Scottish Leaving Certificate Examination, 1957
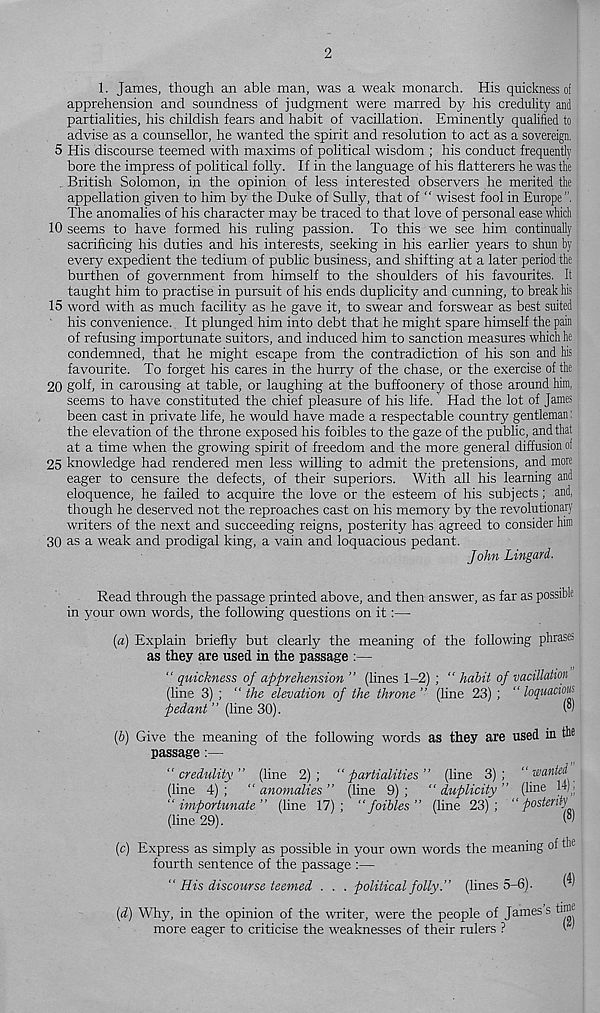
2
1. James, though an able man, was a weak monarch. His quickness of
apprehension and soundness of judgment were marred by his credulity and
partialities, his childish fears and habit of vacillation. Eminently qualified to
advise as a counsellor, he wanted the spirit and resolution to act as a sovereign.
5 His discourse teemed with maxims of political wisdom ; his conduct frequently
bore the impress of political folly. If in the language of his flatterers he was the
. British Solomon, in the opinion of less interested observers he merited the
appellation given to him by the Duke of Sully, that of “ wisest fool in Europe
The anomahes of his character may be traced to that love of personal ease which
10 seems to have formed his ruling passion. To this we see him continually
sacrificing his duties and his interests, seeking in his earlier years to shun by
every expedient the tedium of public business, and shifting at a later period the
burthen of government from himself to the shoulders of his favourites. It
taught him to practise in pursuit of his ends duplicity and cunning, to break his
15 word with as much facility as he gave it, to swear and forswear as best suited
his convenience. It plunged him into debt that he might spare himself the pain
of refusing importunate suitors, and induced him to sanction measures which he
condemned, that he might escape from the contradiction of his son and his
favourite. To forget his cares in the hurry of the chase, or the exercise of the
20 golf, in carousing at table, or laughing at the buffoonery of those around him,
seems to have constituted the chief pleasure of his life. Had the lot of James
been cast in private life, he would have made a respectable country gentleman:
the elevation of the throne exposed his foibles to the gaze of the public, and that
at a time when the growing spirit of freedom and the more general diffusion oi
25 knowledge had rendered men less willing to admit the pretensions, and more
eager to censure the defects, of their superiors. With all his learning and
eloquence, he failed to acquire the love or the esteem of his subjects; and,
though he deserved not the reproaches cast on his memory by the revolutionary
writers of the next and succeeding reigns, posterity has agreed to consider him
30 as a weak and prodigal king, a vain and loquacious pedant.
John Lingard.
Read through the passage printed above, and then answer, as far as possible
in your own words, the following questions on it:—
(a) Explain briefly but clearly the meaning of the following phrases
as they are used in the passage :—
“ quickness of apprehension ” (lines 1-2) ; " habit of vacillation
(line 3) ; “ the elevation of the throne ” (line 23) ; “ loquacious
pedant ’ ’ (line 30).
w
(b) Give the meaning of the following words as they are used in tb®
passage:—
“credulity” (line 2); “partialities” (line 3); “wanted
(line 4) ; “ anomalies ” (line 9) ; " /duplicity ” (line jfl,
“importunate” (line 17); “foibles” (line 23); “posterity
(line 29).
(c) Express as simply as possible in your own words the meaning of the
fourth sentence of the passage :—
“ His discourse teemed . . . political folly(lines 5-6).
{d) Why, in the opinion of the writer, were the people of James s tin®
more eager to criticise the weaknesses of their rulers ?
1 '